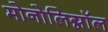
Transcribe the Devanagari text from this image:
मोनोलिग्नॉल